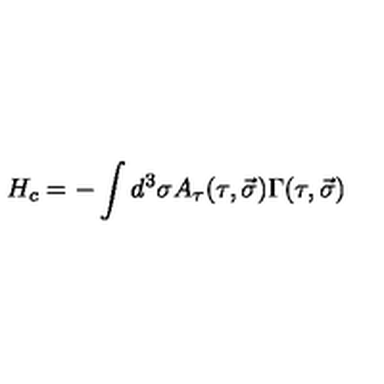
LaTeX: H _ { c } = - \int { d ^ { 3 } \sigma A _ { \tau } ( \tau , \vec { \sigma } ) \Gamma ( \tau , \vec { \sigma } ) }